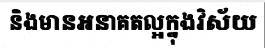
និងមានអនាគតល្អក្នុងវិស័យ